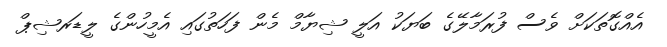
އެއްގޮތަކަށް ވެސް ފުރަމާލޭގެ ބަޔަކު އަލީ ޝިޔާމް މެން ފަހަތުގައި އެމީހުންގެ ލީޑަރޝިޕް